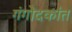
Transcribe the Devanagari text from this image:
गंगोदकांत